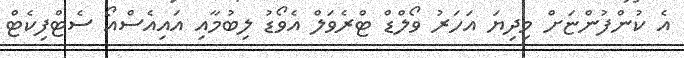
އެ ކުންފުންޏަށް މިދިޔަ އަހަރު ވޯލްޑް ޓްރެވަލް އެވޯޑު ލިބުމާއި އައިއެސްއޯ ސެޓްފިކެޓް